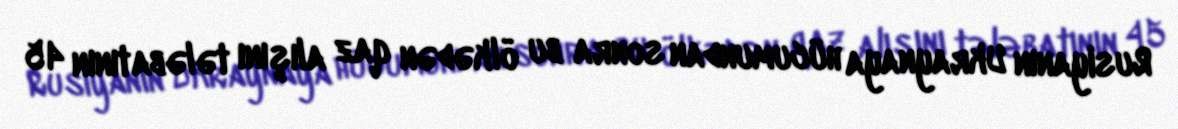
Rusiyanın Ukraynaya hücumundan sonra bu ölkədən qaz alışını tələbatının 45